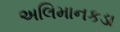
અલિમાનકડા